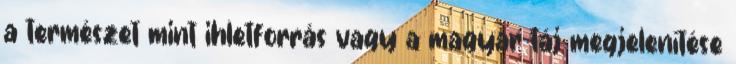
a természet mint ihletforrás vagy a magyar táj megjelenítése